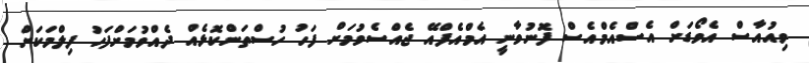
ވިއުއާސް އެވޯޑަށް އެސްއެމްއެސް ފޮނުވާނީ އެމްއެފްއޭ ޖެއްސެވުމަށް ފަހު ހުސްތަންކޮޅެއް ދެއްވުމަށްފަހު ފިލްމަކަށް